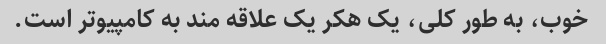
خوب، به طور کلی، یک هکر یک علاقه مند به کامپیوتر است.